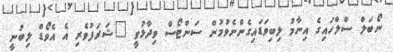
ނޯބަލް ސްލްހައިގެ އިނާމު ލިބިވަޑައިގެންނެވުމުން ސަންޓޯސް ވިދާޅުވީ "ޝަރަފުވެރި އެ އެވޯޑް ލިބުނީ